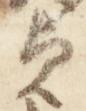
貞